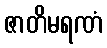
ဇာတိမရဏံ